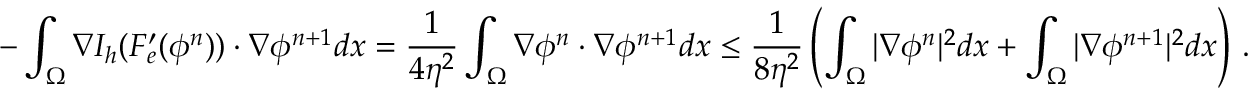
- \displaystyle \int _ { \Omega } \nabla I _ { h } ( F _ { e } ^ { \prime } ( \phi ^ { n } ) ) \cdot \nabla \phi ^ { n + 1 } d \boldsymbol x = \frac 1 { 4 \eta ^ { 2 } } \displaystyle \int _ { \Omega } \nabla \phi ^ { n } \cdot \nabla \phi ^ { n + 1 } d \boldsymbol x \leq \frac { 1 } { 8 \eta ^ { 2 } } \left( \int _ { \Omega } | \nabla \phi ^ { n } | ^ { 2 } d \boldsymbol x + \int _ { \Omega } | \nabla \phi ^ { n + 1 } | ^ { 2 } d \boldsymbol x \right) \, .